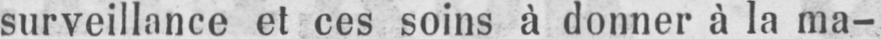
surveillance et ces soins à donner à la ma-